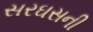
સરઘસની